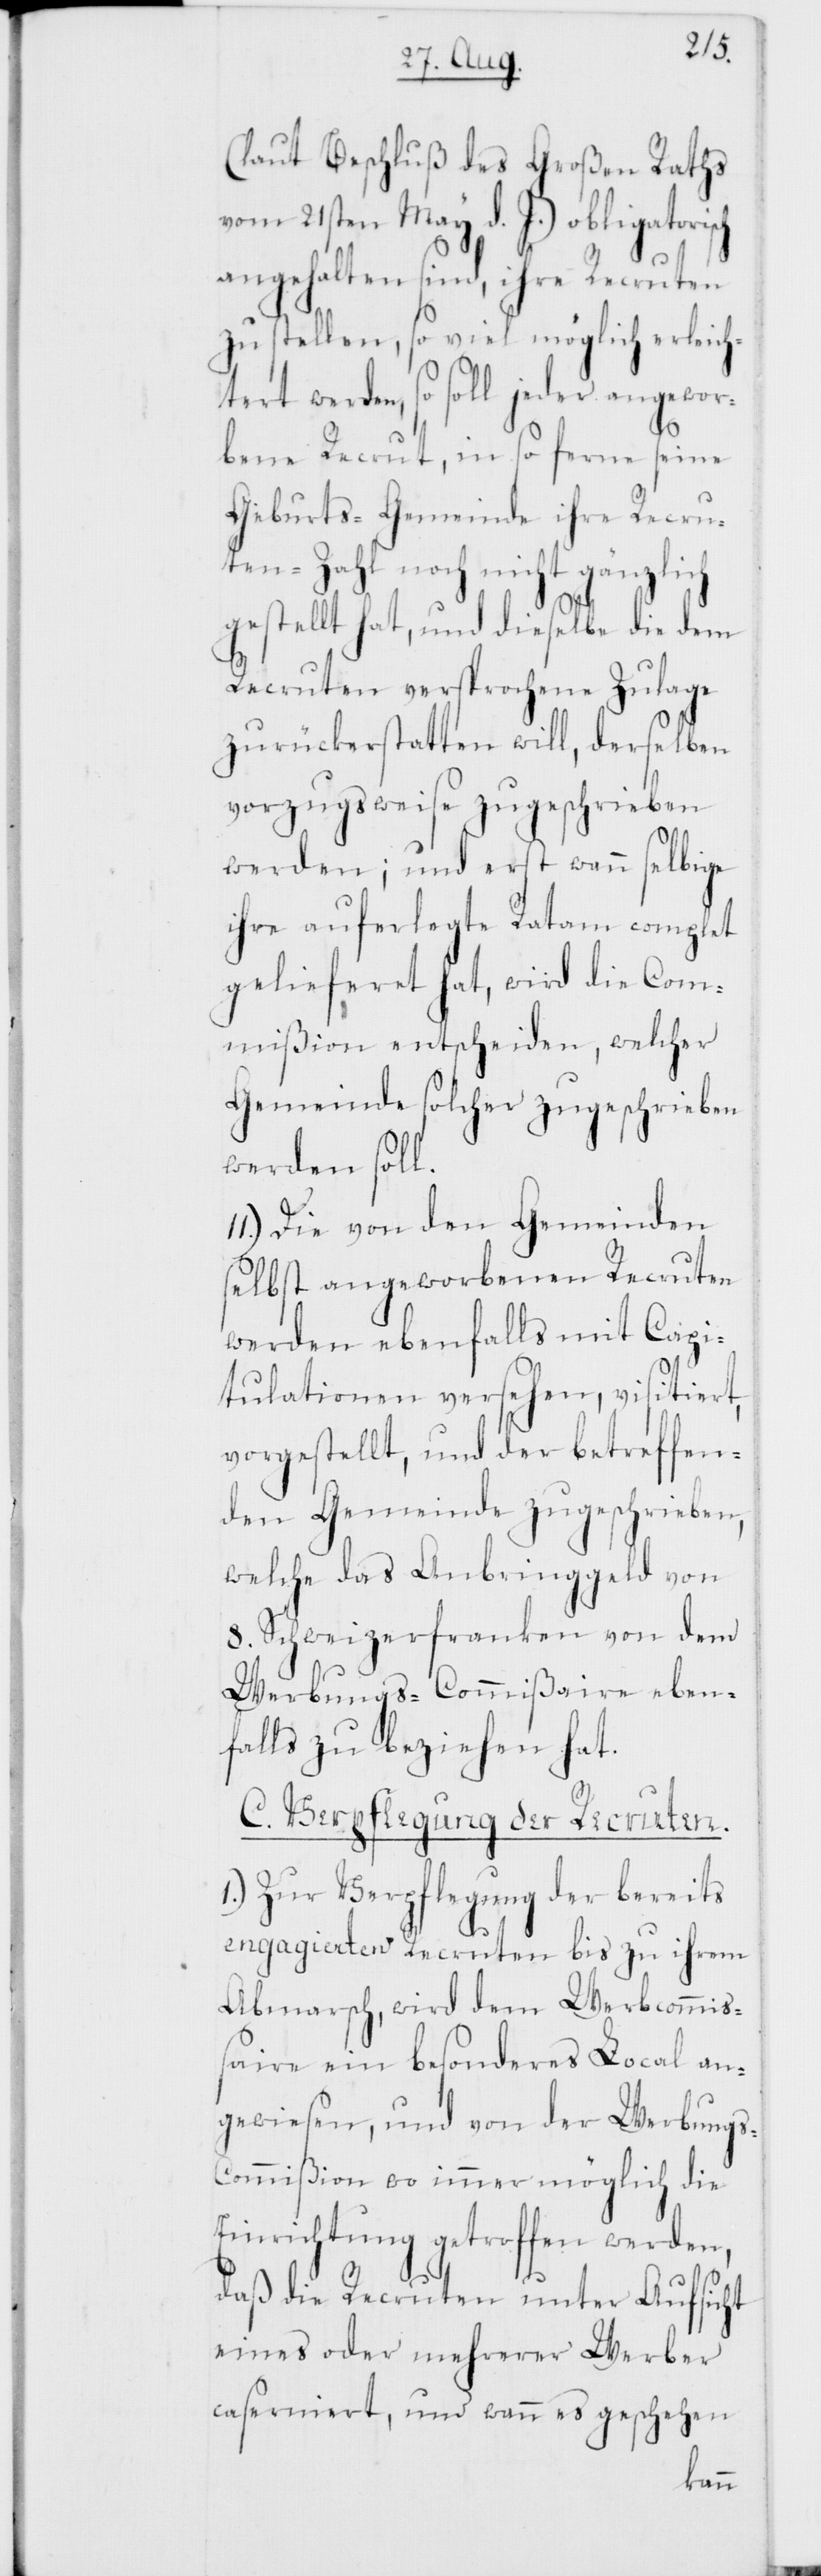
(laut Beschluß des Großen Raths
vom 21sten May d. J.) obligatorisch
angehalten sind, ihre Recruten
zu stellen, so viel möglich erleich¬
tert werden, so soll jeder angewor¬
bene Recrut, in so ferne seine
Geburts-Gemeinde ihre Recru¬
tenzahl noch nicht gänzlich
gestellt hat, und dieselbe die dem
Recruten versprochene Zulage
zurückerstatten will, derselben
vorzugsweise zugeschrieben
werden; und erst wann selbige
ihre auferlegte Ratam complet
gelieferet hat, wird die Com¬
mißion entscheiden, welcher
Gemeinde solcher zugeschrieben
werden soll.
11.) Die von den Gemeinden
selbst angeworbenen Recruten
werden ebenfalls mit Capi¬
tulationen versehen, visitiert,
vorgestellt, und der betreffen¬
den Gemeinde zugeschrieben,
welche das Anbringgeld von
8. Schweizerfranken von dem
Werbungs-Commißair eben¬
falls zu beziehen hat.
C. Verpflegung der Recruten.
1.) Zur Verpflegung der bereits
engagierten Recruten bis zu ihrem
Abmarsch, wird dem Werbcommiß¬
aire ein besonderes Local an¬
gewiesen, und von der Werbung¬
s-Commißion wo immer möglich die
Einrichtung getroffen werden,
daß die Recruten unter Aufsicht
eines oder mehrerer Werber
caserniert, und wann es geschehen